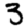
Digit: 3